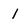
Character: 1